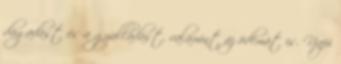
dagadást és a gyulladást, valamint az ödémát is. Napi